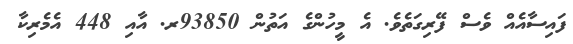
ފައިސާއެއް ވެސް ފޭރިގަތެވެ. އެ މީހުންގެ އަތުން 93850ރ. އާއި 448 އެމެރިކާ